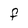
Character: F